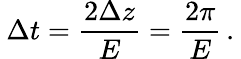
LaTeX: \: \Delta t=\frac{2\Delta z}{E}=\frac{2\pi}{E}\, .\: